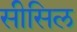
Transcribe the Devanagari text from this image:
सीसिल